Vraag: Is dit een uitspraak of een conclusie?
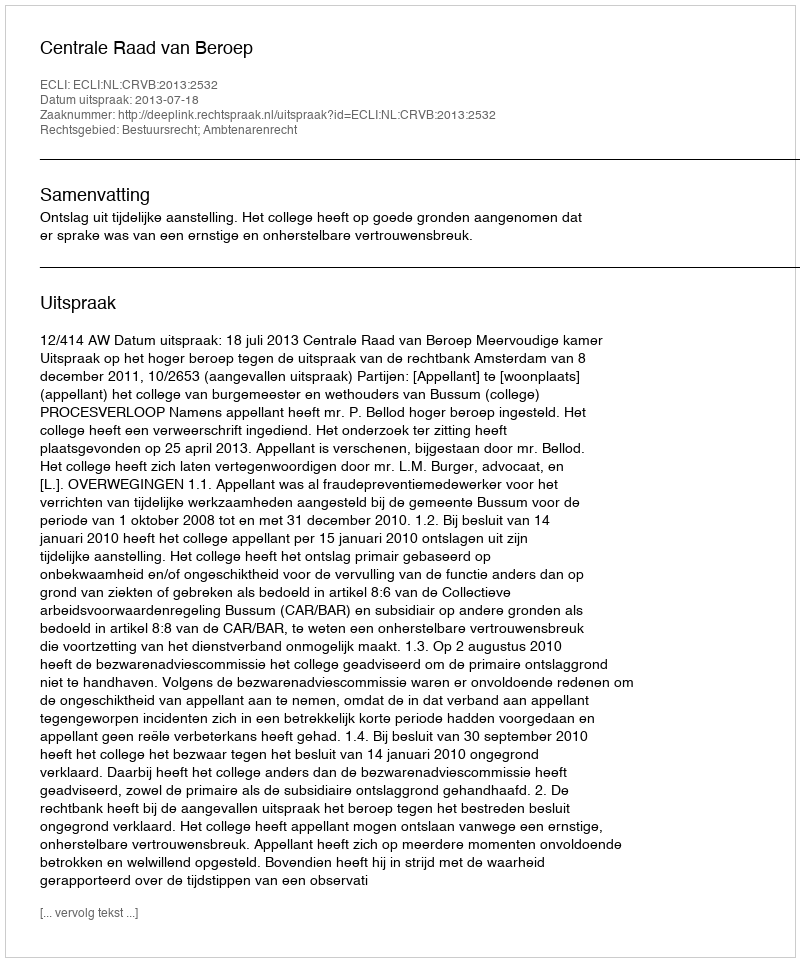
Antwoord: Uitspraak